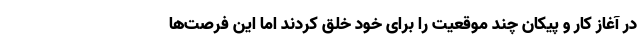
در آغاز کار و پیکان چند موقعیت را برای خود خلق کردند اما این فرصت‌ها